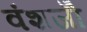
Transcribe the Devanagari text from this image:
वंशजोँ